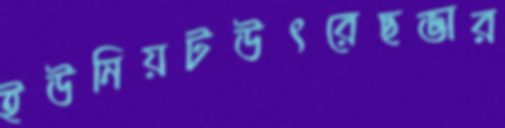
ইউনিয়টউৎরেছভার